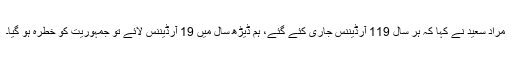
مراد سعید نے کہا کہ ہر سال 119 آرڈیننس جاری کئے گئے، ہم ڈیڑھ سال میں 19 آرڈیننس لائے تو جمہوریت کو خطرہ ہو گیا۔